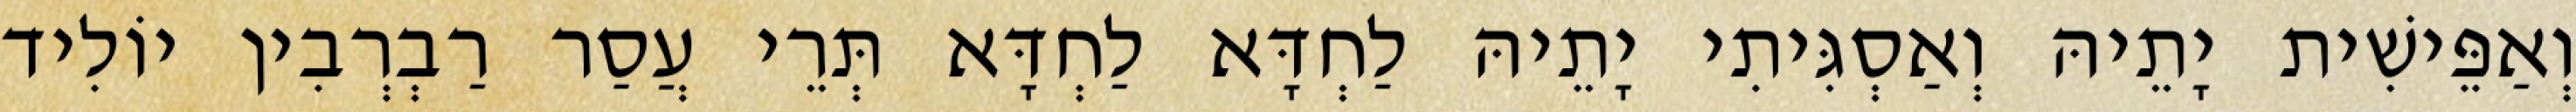
וְאַפֵּישִׁית יָתֵיהּ וְאַסְגִּיתִי יָתֵיהּ לַחְדָּא לַחְדָּא תְּרֵי עֲסַר רַבְרְבִין יוֹלִיד